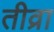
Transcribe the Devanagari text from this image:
तीव्रा